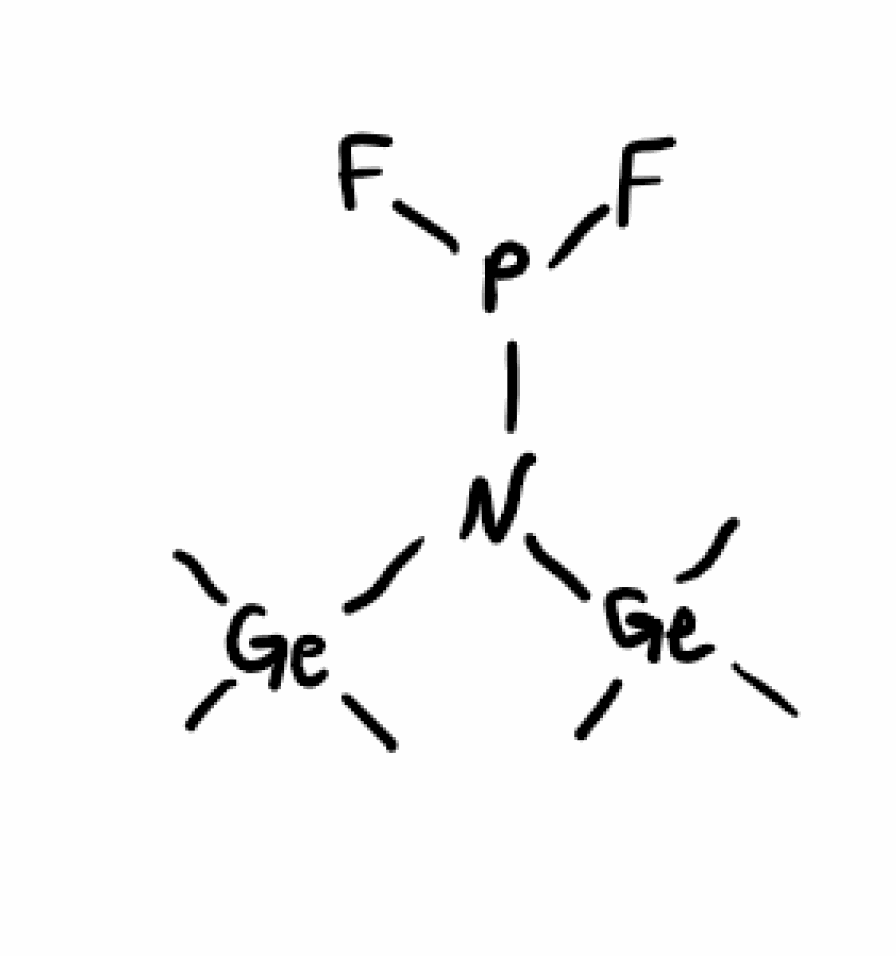
Simplified molecular-input line-entry system (SMILES) notation of the given molecule:
C[Ge](C)(C)N(P(F)F)[Ge](C)(C)C